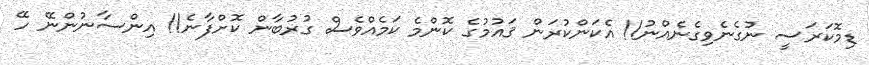
ޑިމޮކަރަސީ ނުގެނެވިގެނެއްނު!! އެކަންކުރަން ޤައުމުގެ ކޮންމެ ކަމެއްވެސް ގުރުބާން ކޮށްފާނެ!! އިންސާނުންނޭ ހޭ